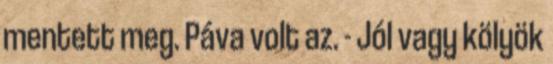
mentett meg. Páva volt az. - Jól vagy kölyök